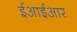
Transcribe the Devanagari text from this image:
ईआईआर